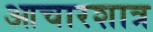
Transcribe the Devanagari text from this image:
आचारशात्र